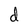
Character: d